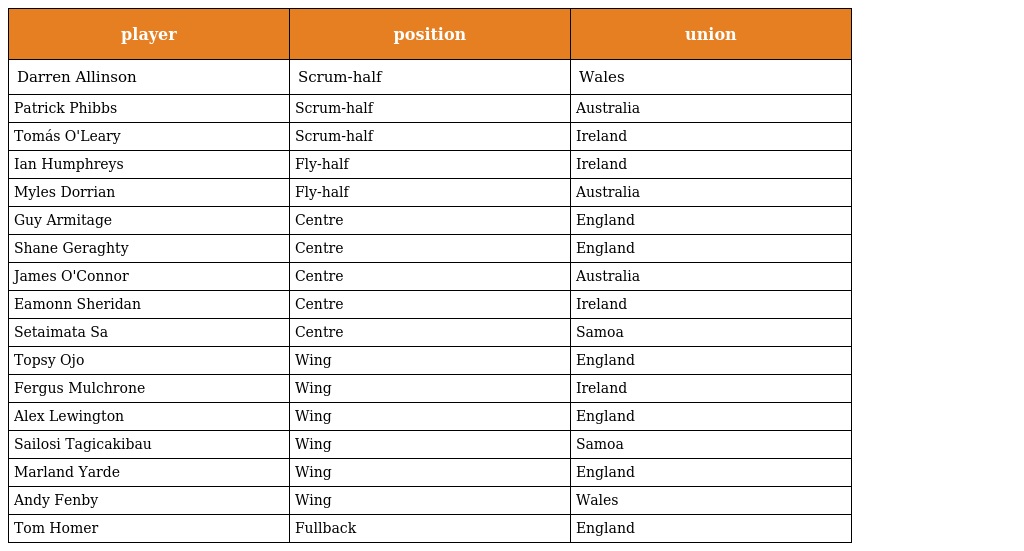
| player | position | union |
 | --- | --- | --- |
 | Darren Allinson | Scrum-half | Wales |
 | Patrick Phibbs | Scrum-half | Australia |
 | Tomás O'Leary | Scrum-half | Ireland |
 | Ian Humphreys | Fly-half | Ireland |
 | Myles Dorrian | Fly-half | Australia |
 | Guy Armitage | Centre | England |
 | Shane Geraghty | Centre | England |
 | James O'Connor | Centre | Australia |
 | Eamonn Sheridan | Centre | Ireland |
 | Setaimata Sa | Centre | Samoa |
 | Topsy Ojo | Wing | England |
 | Fergus Mulchrone | Wing | Ireland |
 | Alex Lewington | Wing | England |
 | Sailosi Tagicakibau | Wing | Samoa |
 | Marland Yarde | Wing | England |
 | Andy Fenby | Wing | Wales |
 | Tom Homer | Fullback | England |